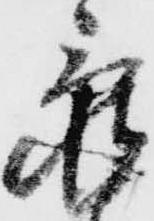
亀